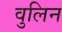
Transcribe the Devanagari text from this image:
वुलिन